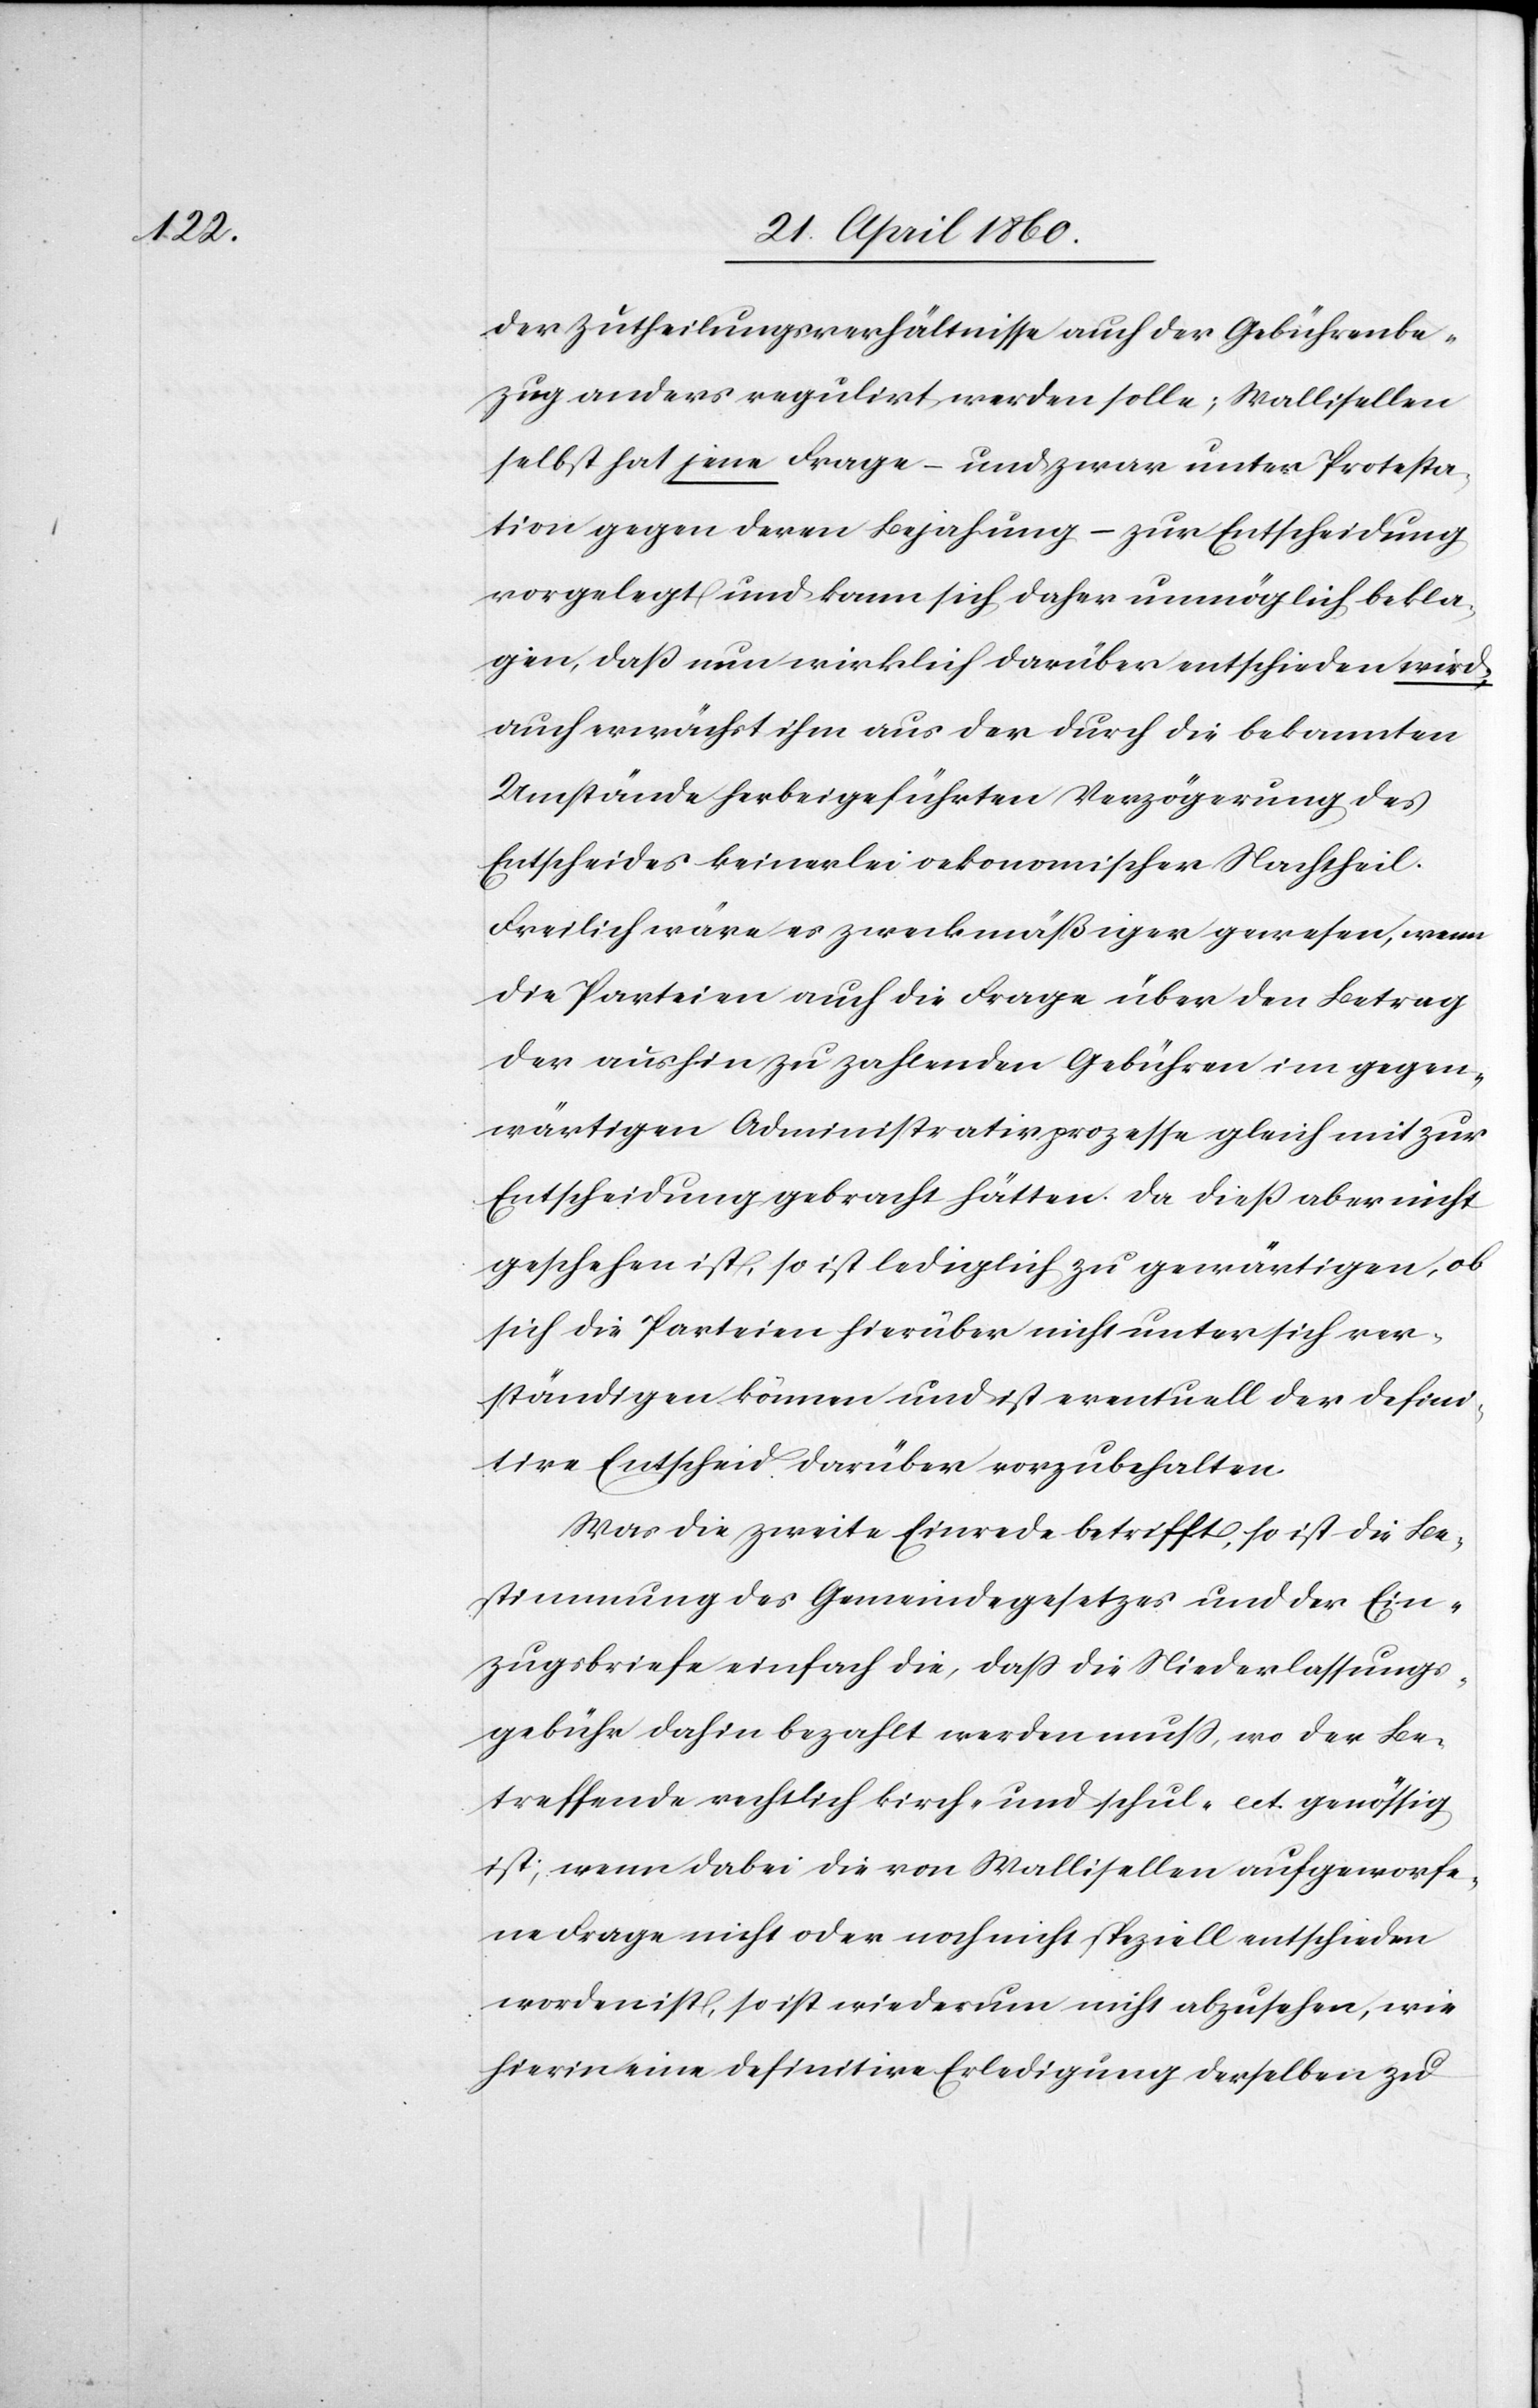
der Zutheilungsverhältnisse auch der Gebührenbe¬
zug anders regulirt werden solle; Wallisellen
selbst hat jene Frage – und zwar unter Protesta¬
tion gegen deren Bejahung – zur Entscheidung
vorgelegt und kann sich daher unmöglich bekla¬
gen, dass nun wirklich darüber entschieden wird,
auch erwächst ihm aus der durch die bekannten
Umstände herbeigeführten Verzögerung des
Entscheides keinerlei oekonomischer Nachtheil.
Freilich wäre es zweckmäßiger gewesen, wenn
die Parteien auch die Frage über den Betrag
der aushin zu zahlenden Gebühren im gegen¬
wärtigen Administrativprozesse gleich mit zur
Entscheidung gebracht hätten. Da diess aber nicht
geschehen ist, so ist lediglich zu gewärtigen, ob
sich die Parteien hierüber nicht unter sich ver¬
ständigen können und sich eventuell der defini¬
tive Entscheid darüber vorzubehalten.
Was die zweite Einrede betrifft, so ist die Be¬
stimmung des Gemeindegesetzes und der Ein¬
zugsbriefe einfach die, dass die Niederlassungs¬
gebühr dahin bezahlt werden muss, wo der Be¬
treffende rechtlich kirch- und schul- ect. [sic!] genössig
ist; wenn dabei die von Wallisellen aufgeworfe¬
ne Frage nicht oder noch nicht speziell entschieden
worden ist, so ist wiederum nichts abzusehen, wie
hierin eine definitive Erledigung derselben zu